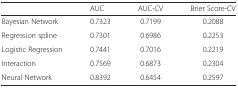
|  | AUC | AUC-CV | Brier Score-CV |
 | --- | --- | --- | --- |
 | Bayesian Network | 0.7323 | 0.7199 | 0.2088 |
 | Regression spline | 0.7301 | 0.6986 | 0.2253 |
 | Logistic Regression | 0.7441 | 0.7016 | 0.2219 |
 | Interaction | 0.7569 | 0.6873 | 0.2304 |
 | Neural Network | 0.8392 | 0.6454 | 0.2597 |